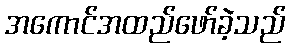
အကောင်အထည်ဖော်ခဲ့သည်